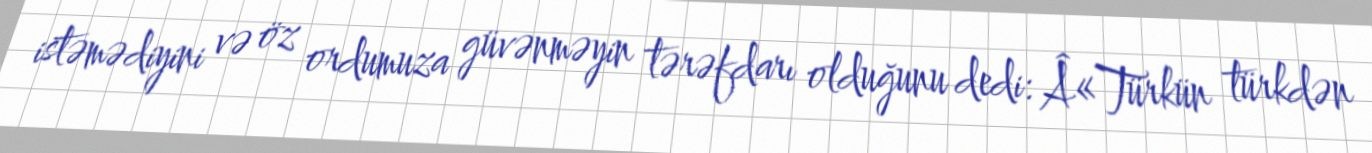
istəmədiyini və öz ordumuza güvənməyin tərəfdarı olduğunu dedi: Â«Türkün türkdən